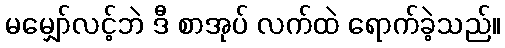
မမျှော်လင့်ဘဲ ဒီ စာအုပ် လက်ထဲ ရောက်ခဲ့သည်။